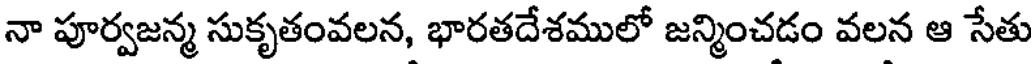
నా పూర్వజన్మ సుకృతంవలన, భారతదేశములో జన్మించడం వలన ఆ సేతు